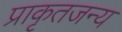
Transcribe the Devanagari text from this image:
प्राकृतजन्य